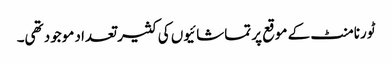
ٹورنامنٹ کے موقع پر تماشائیوں کی کثیر تعداد موجود تھی۔